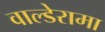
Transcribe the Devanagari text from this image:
वाल्डेरामा